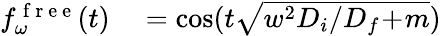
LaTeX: \begin{array}{rl}{f_{\omega}^{\mathrm{~f~r~e~e~}}(t)}&{{}=\cos(t\sqrt{w^{2}D_{i}/D_{f}\! +\! m})}\end{array}